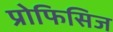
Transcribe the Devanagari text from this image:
प्रोफिसिज